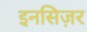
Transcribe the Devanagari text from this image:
इनसिज़र